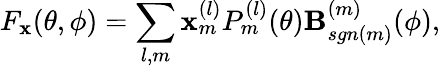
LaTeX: F_{\mathbf{x}}(\theta,\phi)=\sum_{l,m}\mathbf{x}_{m}^{(l)}P_{m}^{(l)}(\theta)\mathbf{B}_{sgn(m)}^{(m)}(\phi),